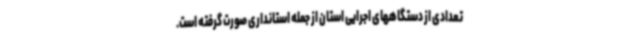
تعدادی از دستگاههای اجرایی استان از جمله استانداری صورت گرفته است.